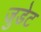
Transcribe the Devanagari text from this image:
जुडेट